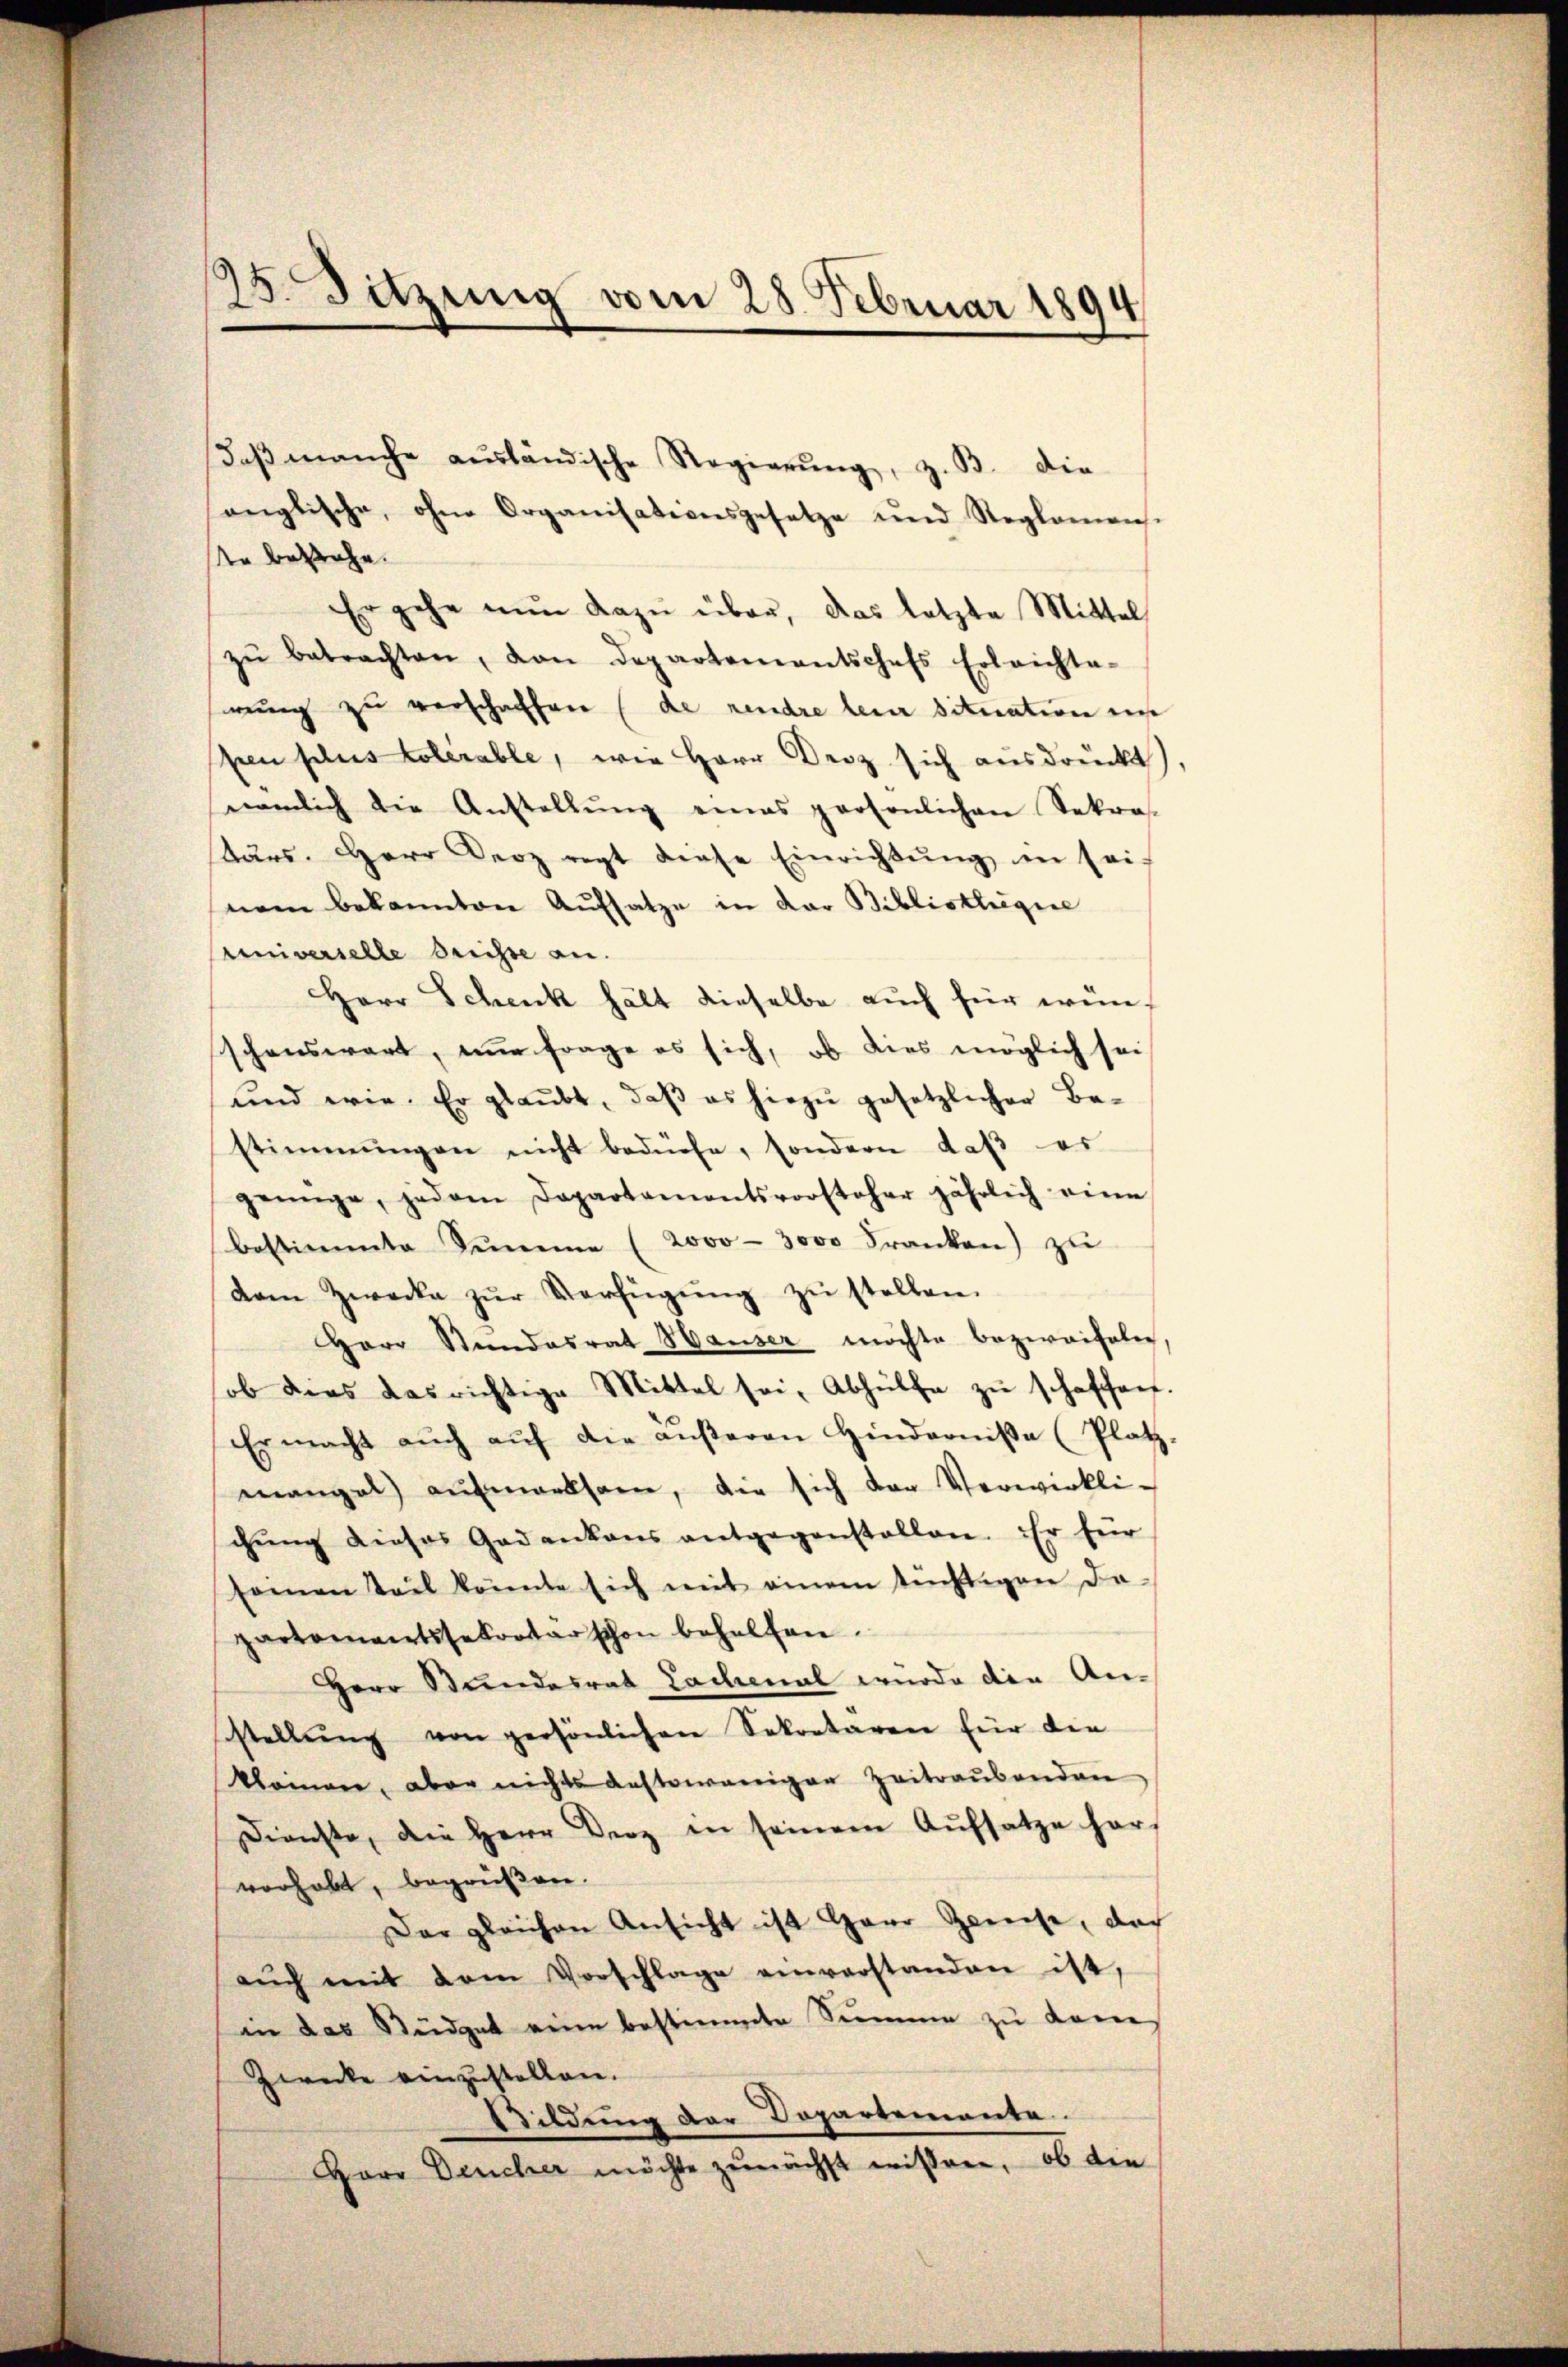
25. Sitzung vom 28. Februar 1891

daβ manche ausländische Regierŭng, z. B. die
anglische, ohne Organisationsgesetze und Steglamens-
te bestehe.
Er gehe nŭn dazŭ über, das letzte Mittel
zŭ betrachten, dan departementschefs Erleichta-
serung zu verschaffen (de rendre lein Situation ei
pen plus Colerable, wie Herr Droz sich ausdruckt).
nämlich die Anstellŭng eines persönlichen Sekra-
tärs. Herr Derz regt diese Einrichtŭng in sei
nem bekannten Aufsatze in der Bibliothegie
Universelle Suisse an.
Herr Schenk hält dieselbe auch für wünschenswart, nur Frage es sich, ob dies möglich sei
und wie. Er glaubt, daß es hiezu gesetzlicher Be-
stimmungen nicht bedürfe, sondern daβ er
genüge, jedem Departamentsvorsteher jährlich eine
bestimmte Summe (2000 - 3000 Franken) zu
dem Zwecke zŭr Verfügŭng zŭ stellen.
Herr Stundesrat Hauser möchte bezweifeln,
ob dies das richtige Mittel sei, Abhülfe zu schaffen.
Er macht aŭch aŭf die aŭβeren Hinderniße (Platz
mangel aŭfmerksam, die sich der Verwirkli-
chŭng dieses Gedankens entgegenstallen. Er für
samen Teil könnte sich mit einem tüchtigen da-
partementssekretar schon behelfen.
Herr Bundesrat Lachenal wurde die An-
stellŭng von persönlichen Sekretären für die
klainen, aber nichts anstoweniger Zeitraŭbenden
Dienste, die Herr Derz in seinem Aŭfsatze har-
vorhabt, begrüßen.
Dar gleichen Ansicht ist Herr Zweeise, doch
aŭch mit dem Vorschlage einverstanden ist,
in das Büdget weine bestimmte Summe zu dann
Zwecke einzustellen.
Bildung der Dopartemente.
Herr Deucher möchte zŭnächst wissen, ob die